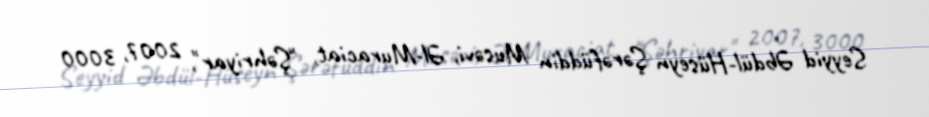
Seyyid Əbdül-Hüseyn Şərəfüddin Musəvi, Əl-Muraciat, "Şəhriyar", 2007, 3000